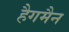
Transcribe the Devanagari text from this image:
हैगमैन